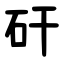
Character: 矸